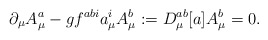
\begin{align*}\partial_\mu A_\mu^a - g f^{abi} a_\mu^i A_\mu^b := D_\mu^{ab}[a]A_\mu^b = 0 .\end{align*}